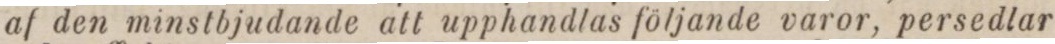
af den minstbjudande att upphandlas följande varor, persedlar